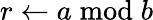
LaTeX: r\gets a\bmod b